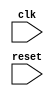
module behavior_model (
    input wire clk,
    input wire reset,
    // any other input/output ports you may need
);

always @(posedge clk or negedge reset) begin
    if (!reset) begin
        // Code to execute on the negative edge of the reset signal
    end else begin
        // Code to execute on the positive edge of the clock signal
    end
end

endmodule